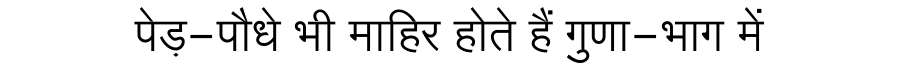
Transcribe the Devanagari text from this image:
पेड़-पौधे भी माहिर होते हैं गुणा-भाग में